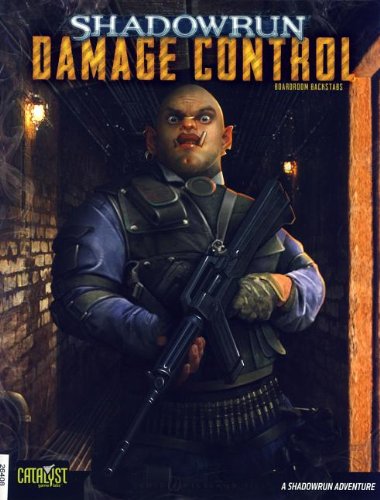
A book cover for Shadowrun Damage Control Boardroom (Shadowrun (Catalyst)); Michael Wich; Science Fiction & Fantasy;